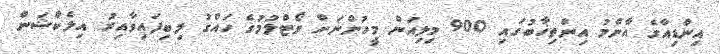
އިންޑިއާގެ އާންމު އިންތިޚާބުގައި 900 މިލިއަން މީހުންނަށް ވޯޓްލުމުގެ ހައްގު ލިބިފައިވާއިރު އިލެކްޝަން